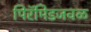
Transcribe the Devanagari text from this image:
पिरॅमिडजवळ